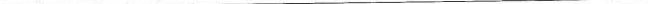
___